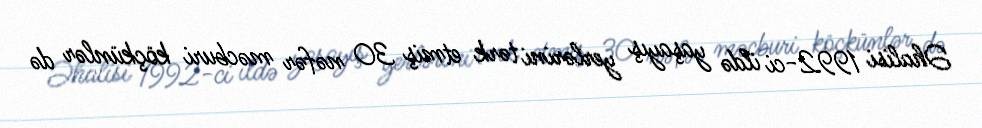
Əhalisi 1992-ci ildə yaşayış yerlərini tərk etmiş 30 nəfər məcburi köçkünlər də